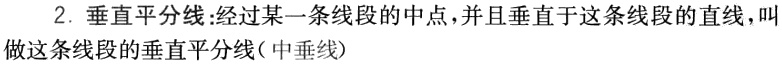
2. 垂直平分线:经过某一条线段的中点，并且垂直于这条线段的直线，叫做这条线段的垂直平分线（中垂线）